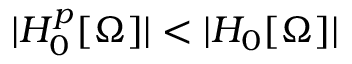
| H _ { 0 } ^ { p } [ \Omega ] | < | H _ { 0 } [ \Omega ] |